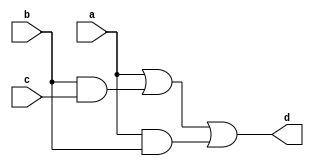
module circuit2(a,b,c,d);
    output d;
    input a,b,c;
    wire x,y,z;
    and G1(x,b,c);
    or G2(y,a,x);
    and G3(z,a,b);
    or G4(d,y,z);
endmodule